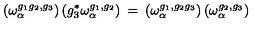
\left( \omega _ { \alpha } ^ { g _ { 1 } g _ { 2 } , g _ { 3 } } \right) \left( g _ { 3 } ^ { * } \omega _ { \alpha } ^ { g _ { 1 } , g _ { 2 } } \right) \: = \: \left( \omega _ { \alpha } ^ { g _ { 1 } , g _ { 2 } g _ { 3 } } \right) \left( \omega _ { \alpha } ^ { g _ { 2 } , g _ { 3 } } \right)